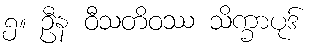
၅။ ဦန ဝီသတိဝဿ သိက္ခာပုဒ်